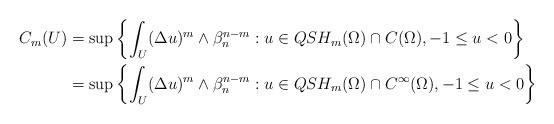
LaTeX: \begin{align*}\begin{aligned}C_m(U)&=\sup\left\{\int_{U}(\Delta u)^m\wedge\beta_n^{n-m}:u\in QSH_m(\Omega)\cap C(\Omega), -1\leq u<0\right\}\\&=\sup\left\{\int_{U}(\Delta u)^m\wedge\beta_n^{n-m}:u\in QSH_m(\Omega)\cap C^{\infty}(\Omega), -1\leq u<0\right\}\end{aligned}\end{align*}